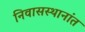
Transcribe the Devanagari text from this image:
निवासस्थानांत